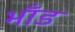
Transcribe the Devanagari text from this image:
भाँड